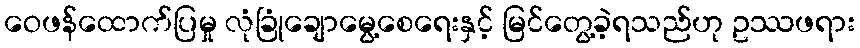
ဝေဖန်ထောက်ပြမှု လုံခြုံချောမွေ့စေရေးနှင့် မြင်တွေ့ခဲ့ရသည်ဟု ဥဿဖရား